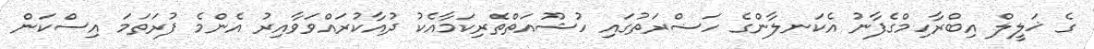
ގެ ޚަލީލް އިބްރާހިމްގެފާނު އެކަނލާންގެ ހަޟްރަތުގައި ހުޝޫއަތްތެރިކަމާއެކު ދުއާކުރައްވަވާއިރު އެންމެ ފުރަތަމަ އިސްކަން